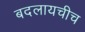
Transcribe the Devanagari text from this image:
बदलायचीच